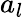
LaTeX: a_{l}